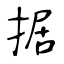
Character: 据